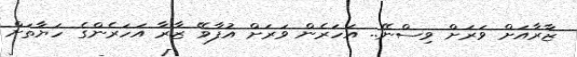
ޒާރާއަށް ވަރަށް ވިސްނޭ.. އަހަރެން ވަރަށް އުފާވޭ ޒާރާ އަހަރެންގެ ހަޔާތަށް